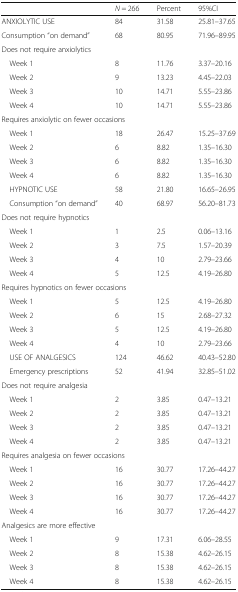
<table><thead><tr><td></td><td><b><i>N</i> = 266</b></td><td><b>Percent</b></td><td><b>95%CI</b></td></tr></thead><tbody><tr><td>ANXIOLYTIC USE</td><td>84</td><td>31.58</td><td>25.81–37.65</td></tr><tr><td>Consumption “on demand”</td><td>68</td><td>80.95</td><td>71.96–89.95</td></tr><tr><td colspan="4">Does not require anxiolytics</td></tr><tr><td> Week 1</td><td>8</td><td>11.76</td><td>3.37–20.16</td></tr><tr><td> Week 2</td><td>9</td><td>13.23</td><td>4.45–22.03</td></tr><tr><td> Week 3</td><td>10</td><td>14.71</td><td>5.55–23.86</td></tr><tr><td> Week 4</td><td>10</td><td>14.71</td><td>5.55–23.86</td></tr><tr><td colspan="4">Requires anxiolytic on fewer occasions</td></tr><tr><td> Week 1</td><td>18</td><td>26.47</td><td>15.25–37.69</td></tr><tr><td> Week 2</td><td>6</td><td>8.82</td><td>1.35–16.30</td></tr><tr><td> Week 3</td><td>6</td><td>8.82</td><td>1.35–16.30</td></tr><tr><td> Week 4</td><td>6</td><td>8.82</td><td>1.35–16.30</td></tr><tr><td> HYPNOTIC USE</td><td>58</td><td>21.80</td><td>16.65–26.95</td></tr><tr><td> Consumption “on demand”</td><td>40</td><td>68.97</td><td>56.20–81.73</td></tr><tr><td colspan="4">Does not require hypnotics</td></tr><tr><td> Week 1</td><td>1</td><td>2.5</td><td>0.06–13.16</td></tr><tr><td> Week 2</td><td>3</td><td>7.5</td><td>1.57–20.39</td></tr><tr><td> Week 3</td><td>4</td><td>10</td><td>2.79–23.66</td></tr><tr><td> Week 4</td><td>5</td><td>12.5</td><td>4.19–26.80</td></tr><tr><td colspan="4">Requires hypnotics on fewer occasions</td></tr><tr><td> Week 1</td><td>5</td><td>12.5</td><td>4.19–26.80</td></tr><tr><td> Week 2</td><td>6</td><td>15</td><td>2.68–27.32</td></tr><tr><td> Week 3</td><td>5</td><td>12.5</td><td>4.19–26.80</td></tr><tr><td> Week 4</td><td>4</td><td>10</td><td>2.79–23.66</td></tr><tr><td> USE OF ANALGESICS</td><td>124</td><td>46.62</td><td>40.43–52.80</td></tr><tr><td> Emergency prescriptions</td><td>52</td><td>41.94</td><td>32.85–51.02</td></tr><tr><td colspan="4">Does not require analgesia</td></tr><tr><td> Week 1</td><td>2</td><td>3.85</td><td>0.47–13.21</td></tr><tr><td> Week 2</td><td>2</td><td>3.85</td><td>0.47–13.21</td></tr><tr><td> Week 3</td><td>2</td><td>3.85</td><td>0.47–13.21</td></tr><tr><td> Week 4</td><td>2</td><td>3.85</td><td>0.47–13.21</td></tr><tr><td colspan="4">Requires analgesia on fewer occasions</td></tr><tr><td> Week 1</td><td>16</td><td>30.77</td><td>17.26–44.27</td></tr><tr><td> Week 2</td><td>16</td><td>30.77</td><td>17.26–44.27</td></tr><tr><td> Week 3</td><td>16</td><td>30.77</td><td>17.26–44.27</td></tr><tr><td> Week 4</td><td>16</td><td>30.77</td><td>17.26–44.27</td></tr><tr><td colspan="4">Analgesics are more effective</td></tr><tr><td> Week 1</td><td>9</td><td>17.31</td><td>6.06–28.55</td></tr><tr><td> Week 2</td><td>8</td><td>15.38</td><td>4.62–26.15</td></tr><tr><td> Week 3</td><td>8</td><td>15.38</td><td>4.62–26.15</td></tr><tr><td> Week 4</td><td>8</td><td>15.38</td><td>4.62–26.15</td></tr></tbody></table>